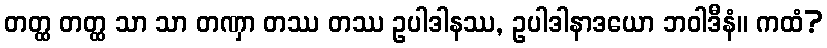
တတ္ထ တတ္ထ သာ သာ တဏှာ တဿ တဿ ဥပါဒါနဿ, ဥပါဒါနာဒယော ဘဝါဒီနံ။ ကထံ?